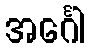
အင်္ဂေါ